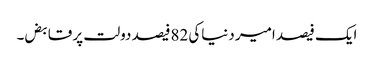
ایک فیصد امیر دنیاکی 82فیصد دولت پر قابض۔